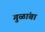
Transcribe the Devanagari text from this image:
गुळांबा